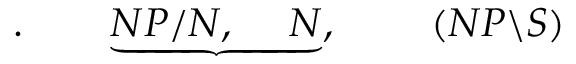
. \qquad \underbrace { N P / N , \; \quad N } , \; \qquad ( N P \backslash S )